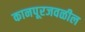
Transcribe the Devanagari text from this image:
कानपूरजवळील